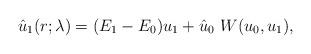
LaTeX: \begin{align*}\hat{u}_1(r;\lambda)= (E_1-E_0)u_1 + \hat{u}_0 ~W(u_0,u_1),\end{align*}